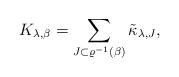
LaTeX: \begin{align*}K_{\lambda,\beta} = \sum_{J\subset \varrho^{-1}(\beta)} \tilde \kappa_{\lambda,J},\end{align*}